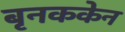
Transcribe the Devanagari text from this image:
बृनककेन